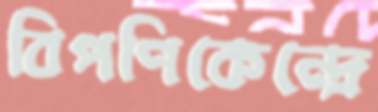
বিপণিকেন্দ্রে